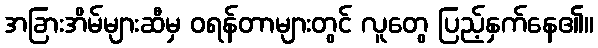
အခြားအိမ်များဆီမှ ဝရန်တာများတွင် လူတွေ ပြည့်နှက်နေ၏။